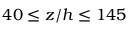
4 0 \leq z / h \leq 1 4 5